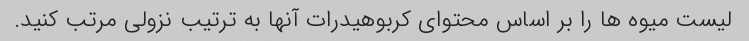
لیست میوه ها را بر اساس محتوای کربوهیدرات آنها به ترتیب نزولی مرتب کنید.